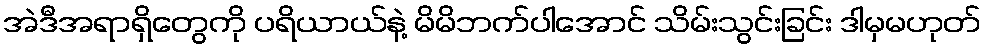
အဲဒီအရာရှိတွေကို ပရိယာယ်နဲ့ မိမိဘက်ပါအောင် သိမ်းသွင်းခြင်း ဒါမှမဟုတ်